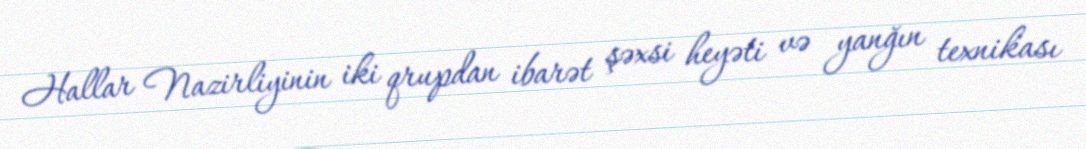
Hallar Nazirliyinin iki qrupdan ibarət şəxsi heyəti və yanğın texnikası